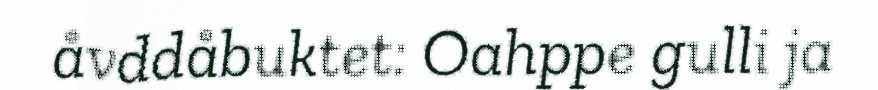
åvddåbuktet: Oahppe gulli ja